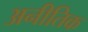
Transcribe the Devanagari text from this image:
अनीतिक